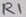
Text: R1